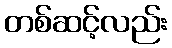
တစ်ဆင့်လည်း